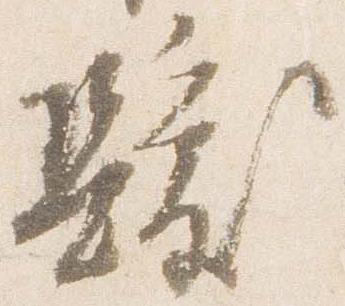
髪